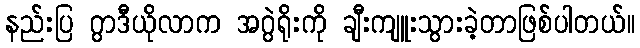
နည်းပြ ဂွာဒီယိုလာက အဂွဲရိုးကို ချီးကျူးသွားခဲ့တာဖြစ်ပါတယ်။